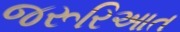
જરૂરિઆત